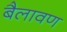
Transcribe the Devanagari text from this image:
बैलावण